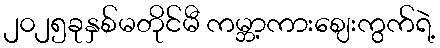
၂၀၂၅ခုနှစ်မတိုင်မီ ကမ္ဘာ့ကားဈေးကွက်ရဲ့